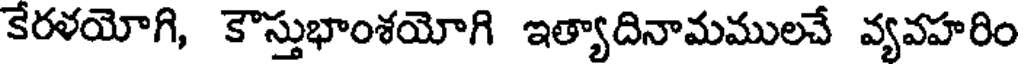
కేరళయోగి, కౌస్తుభాంశయోగి ఇత్యాదినామములచే వ్యవహరిం